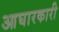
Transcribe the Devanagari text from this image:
आघारकारी